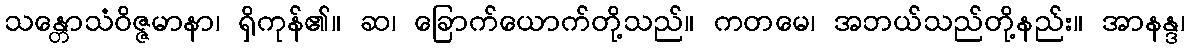
သန္တောသံဝိဇ္ဇမာနာ၊ ရှိကုန်၏။ ဆ၊ ခြောက်ယောက်တို့သည်။ ကတမေ၊ အဘယ်သည်တို့နည်း။ အာနန္ဒ၊